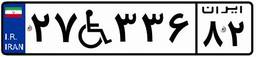
۲۷W۳۳۶۸۲